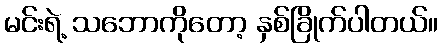
မင်းရဲ့ သဘောကိုတော့ နှစ်ခြိုက်ပါတယ်။